Source: Handwritten
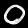
Digit: ၀ (0)